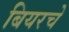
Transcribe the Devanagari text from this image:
बियरचे